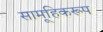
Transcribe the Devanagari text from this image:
सामूहिकरूप